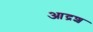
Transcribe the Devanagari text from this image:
आद्रश